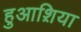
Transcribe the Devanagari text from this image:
हुआश़िया